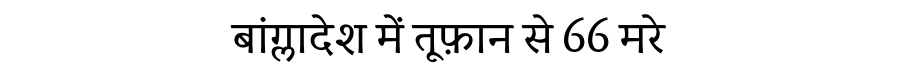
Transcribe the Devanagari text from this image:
बांग्लादेश में तूफ़ान से 66 मरे